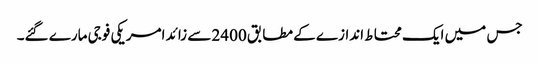
جس میں ایک محتا ط اندازے کے مطابق 2400 سے زائد امریکی فوجی مارے گئے۔